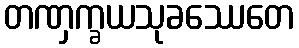
တဏှက္ခယသုခဿေတေ